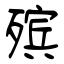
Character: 殡